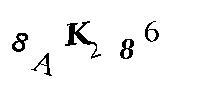
8AK286